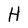
Character: H